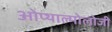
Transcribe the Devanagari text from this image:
ओप्थाल्मोलोजी